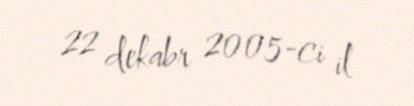
22 dekabr 2005-ci il